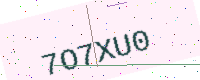
Text: 7O7XU0